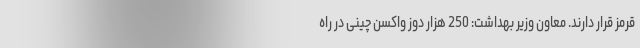
قرمز قرار دارند. معاون وزیر بهداشت: 250 هزار دوز واکسن چینی در راه